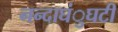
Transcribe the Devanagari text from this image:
नन्दाघंुघटी